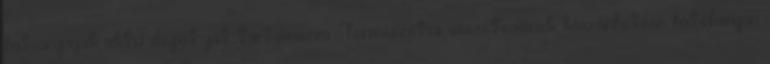
hatóanyagok aktiv depot ját tartalmazza. Természetes összetevőinek köszönhetően hatékonyan